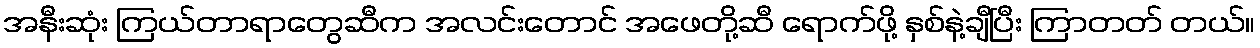
အနီးဆုံး ကြယ်တာရာတွေဆီက အလင်းတောင် အဖေတို့ဆီ ရောက်ဖို့ နှစ်နဲ့ချီပြီး ကြာတတ် တယ်။